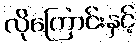
လိုကြောင်းနှင့်